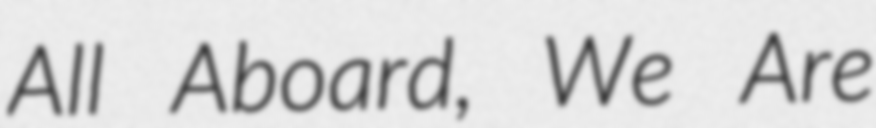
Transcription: All Aboard, We Are